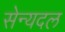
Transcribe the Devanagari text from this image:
सेन्यदल